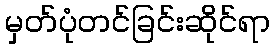
မှတ်ပုံတင်ခြင်းဆိုင်ရာ